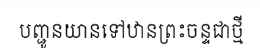
បញ្ជូនយានទៅឋានព្រះចន្ទជាថ្មី